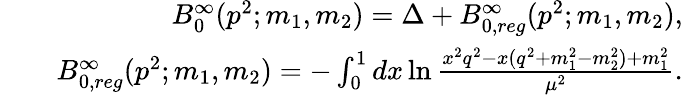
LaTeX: \begin{array}{rlr}&{}&{B_{0}^{\infty}(p^{2};m_{1},m_{2})=\Delta+B_{0,reg}^{\infty}(p^{2};m_{1},m_{2}),}\\ &{}&{B_{0,reg}^{\infty}(p^{2};m_{1},m_{2})=-\int_{0}^{1}dx\ln\frac{x^{2}q^{2}-x(q^{2}+m_{1}^{2}-m_{2}^{2})+m_{1}^{2}}{\mu^{2}}.}\end{array}